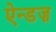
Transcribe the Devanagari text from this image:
ऐन्डज़